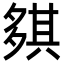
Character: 𡖾